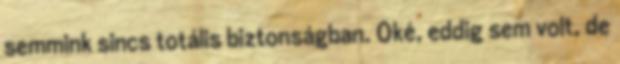
semmink sincs totális biztonságban. Oké, eddig sem volt, de